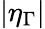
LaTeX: \left|\eta_{\Gamma}\right|